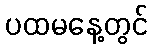
ပထမနေ့တွင်